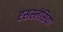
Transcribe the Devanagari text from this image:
एसस्लेसिया